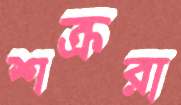
শক্ররা